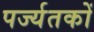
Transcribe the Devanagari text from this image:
पर्ज्यतकों